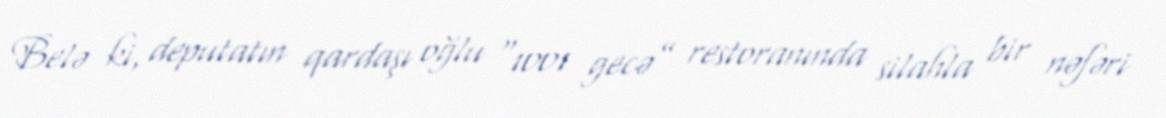
Belə ki, deputatın qardaşı oğlu “1001 gecə” restoranında silahla bir nəfəri